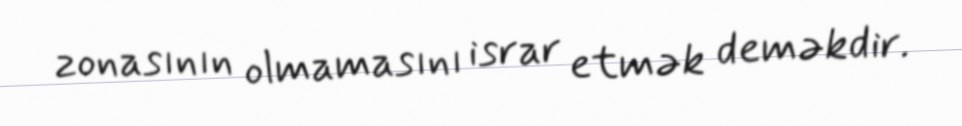
zonasının olmamasını israr etmək deməkdir.